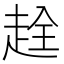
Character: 𧻤